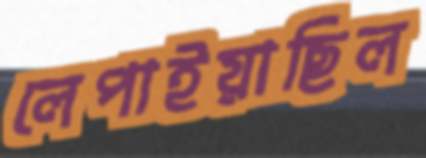
লেপাইয়াছিল